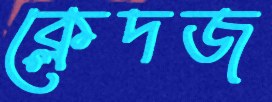
ক্লেদজ